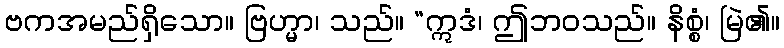
ဗကအမည်ရှိသော။ ဗြဟ္မာ၊ သည်။ “ဣဒံ၊ ဤဘဝသည်။ နိစ္စံ၊ မြဲ၏။